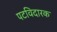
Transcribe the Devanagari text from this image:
पटविदारक